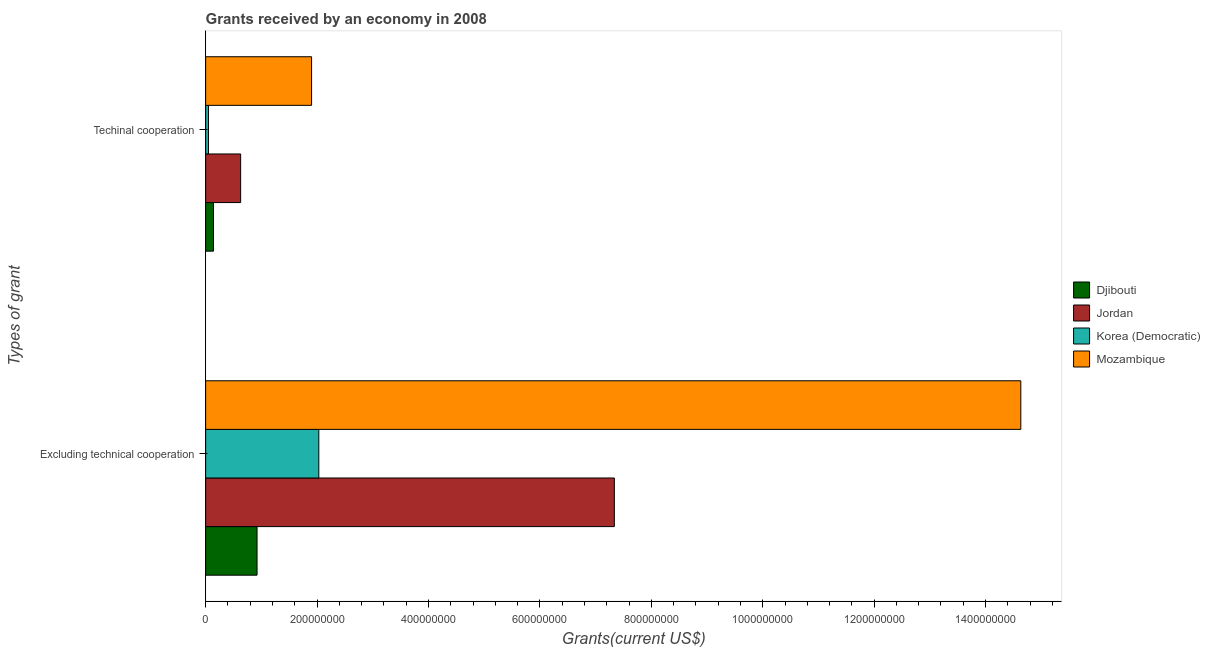
| Types of grant | Djibouti | Jordan | Korea (Democratic) | Mozambique |
 | --- | --- | --- | --- | --- |
 | Excluding technical cooperation | 9.23e+07 | 7.34e+08 | 2.03e+08 | 1.46e+09 |
 | Techinal cooperation | 1.4e+07 | 6.28e+07 | 5.09e+06 | 1.9e+08 |